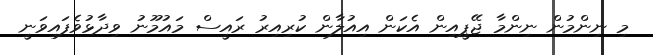
މި ނިންމުން ނިންމާ ޖޭޕީއިން އެކަން އިއުލާން ކުރިއިރު ރައީސް މައުމޫނު ވިދާޅުވެފައިވަނީ